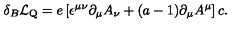
\delta _ { B } { \cal L } _ { \mathrm { Q } } = e \left[ \epsilon ^ { \mu \nu } \partial _ { \mu } A _ { \nu } + ( a - 1 ) \partial _ { \mu } A ^ { \mu } \right] c .